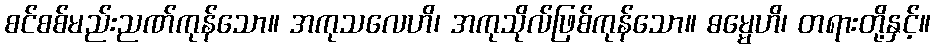
စင်စစ်မည်းညဏ်ကုန်သော။ အကုသလေဟိ၊ အကုသိုလ်ဖြစ်ကုန်သော။ ဓမ္မေဟိ၊ တရားတို့နှင့်။